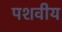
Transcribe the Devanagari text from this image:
पशवीय